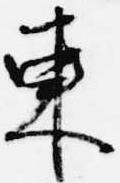
東